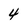
Character: 4